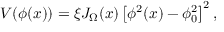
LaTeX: V ( \phi ( x ) ) = \xi J _ { \Omega } ( x ) \left[ \phi ^ { 2 } ( x ) - \phi _ { 0 } ^ { 2 } \right] ^ { 2 } ,